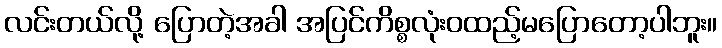
လင်းတယ်လို့ ပြောတဲ့အခါ အပြင်ကိစ္စလုံးဝထည့်မပြောတော့ပါဘူး။